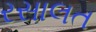
રસાલત